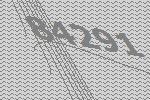
84291